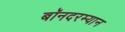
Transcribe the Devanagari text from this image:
बॉनदरम्यान